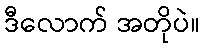
ဒီလောက် အတိုပဲ။